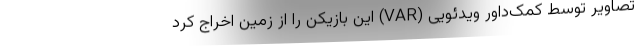
تصاویر توسط کمک‌داور ویدئویی (VAR) این بازیکن را از زمین اخراج کرد